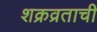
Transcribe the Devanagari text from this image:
शक्रव्रताची